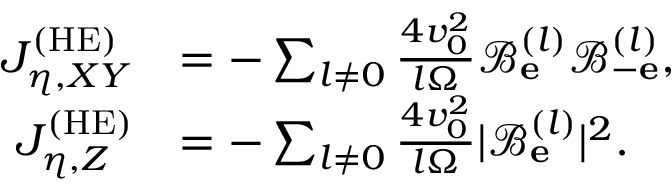
\begin{array} { r l } { J _ { \eta , X Y } ^ { \mathrm { ( H E ) } } } & { = - \sum _ { l \neq 0 } \frac { 4 v _ { 0 } ^ { 2 } } { l \Omega } \mathcal { B } _ { \bf e } ^ { ( l ) } \mathcal { B } _ { - \bf e } ^ { ( l ) } , } \\ { J _ { \eta , Z } ^ { \mathrm { ( H E ) } } } & { = - \sum _ { l \neq 0 } \frac { 4 v _ { 0 } ^ { 2 } } { l \Omega } | \mathcal { B } _ { \bf e } ^ { ( l ) } | ^ { 2 } . } \end{array}